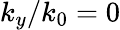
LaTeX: k_{y}/k_{0}=0